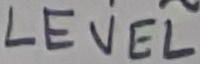
Text: LEVEL